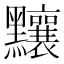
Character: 𪓃